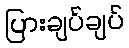
ပြားချပ်ချပ်